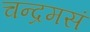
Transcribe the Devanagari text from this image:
चन्द्रमसं